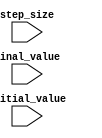
module Incremental_for_loop (
    input wire initial_value,
    input wire final_value,
    input wire step_size
);

reg [31:0] iteration_count;

always @ (posedge clk or negedge rst) begin
    if (!rst) begin
        iteration_count <= 0;
    end else begin
        if (iteration_count < final_value) begin
            iteration_count <= iteration_count + step_size;
            // Perform operations within the loop here
        end
    end
end

endmodule